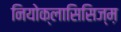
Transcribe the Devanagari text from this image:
नियोक्लासिसिज्म़